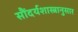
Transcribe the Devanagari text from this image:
सौंदर्यशास्त्रानुसार